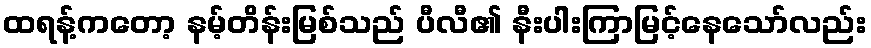
ထရန့်ကတော့ နမ့်တိန်းမြစ်သည် ပီလီ၏ နီးပါးကြာမြင့်နေသော်လည်း